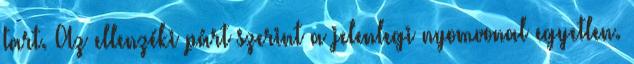
tart. Az ellenzéki párt szerint a jelenlegi nyomvonal egyetlen.